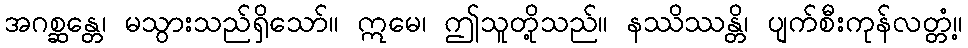
အဂစ္ဆန္တေ၊ မသွားသည်ရှိသော်။ ဣမေ၊ ဤသူတို့သည်။ နဿိဿန္တိ၊ ပျက်စီးကုန်လတ္တံ့။